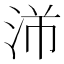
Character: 𬇣